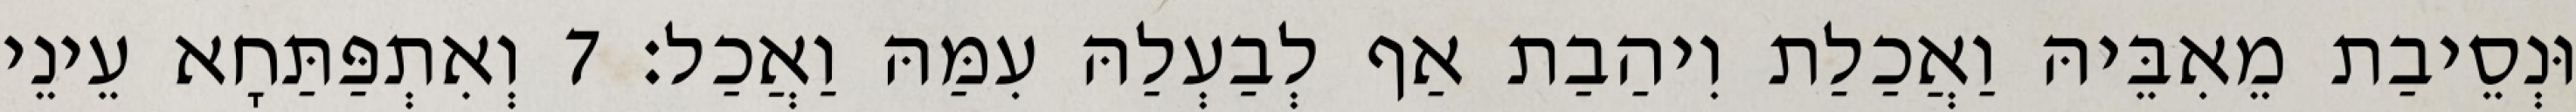
וּנְסֵיבַת מֵאִבֵּיהּ וַאֲכַלַת וִיהַבַת אַף לְבַעְלַהּ עִמַּהּ וַאֲכַל׃ 7 וְאִתְפַּתַּחָא עֵינֵי